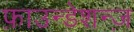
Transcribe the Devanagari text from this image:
फ़ाउन्डेशन्ज़